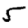
Digit: 5